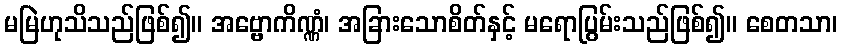
မမြဲဟုသိသည်ဖြစ်၍။ အဗ္ဗောကိဏ္ဏံ၊ အခြားသောစိတ်နှင့် မရောပြွမ်းသည်ဖြစ်၍။ စေတသာ၊